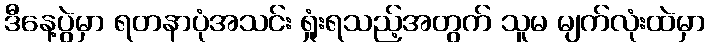
ဒီနေ့ပွဲမှာ ရတနာပုံအသင်း ရှုံးရသည့်အတွက် သူမ မျက်လုံးထဲမှာ